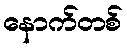
နောက်တစ်